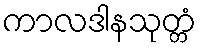
ကာလဒါနသုတ္တံ